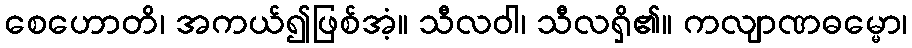
စေဟောတိ၊ အကယ်၍ဖြစ်အံ့။ သီလဝါ၊ သီလရှိ၏။ ကလျာဏဓမ္မော၊